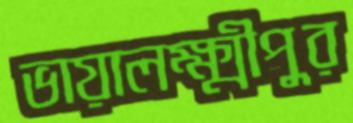
ভায়ালক্ষ্মীপুর